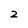
Character: 2